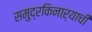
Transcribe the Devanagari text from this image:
समुद्रकिनाऱ्याची